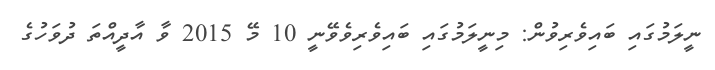
ނީލަމުގައި ބައިވެރިވުން: މިނީލަމުގައި ބައިވެރިވެވޭނީ 10 މޭ 2015 ވާ އާދީއްތަ ދުވަހުގެ